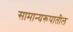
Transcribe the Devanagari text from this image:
सामान्यरूपातील